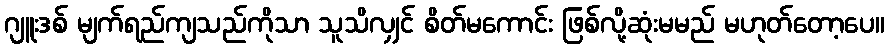
ဂျူးဒစ် မျက်ရည်ကျသည်ကိုသာ သူသိလျှင် စိတ်မကောင်း ဖြစ်လို့ဆုံးမမည် မဟုတ်တော့ပေ။